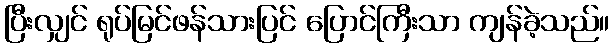
ပြီးလျှင် ရုပ်မြင်ဖန်သားပြင် ပြောင်ကြီးသာ ကျန်ခဲ့သည်။